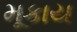
મૂકાય